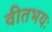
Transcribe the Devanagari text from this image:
वीतभयः